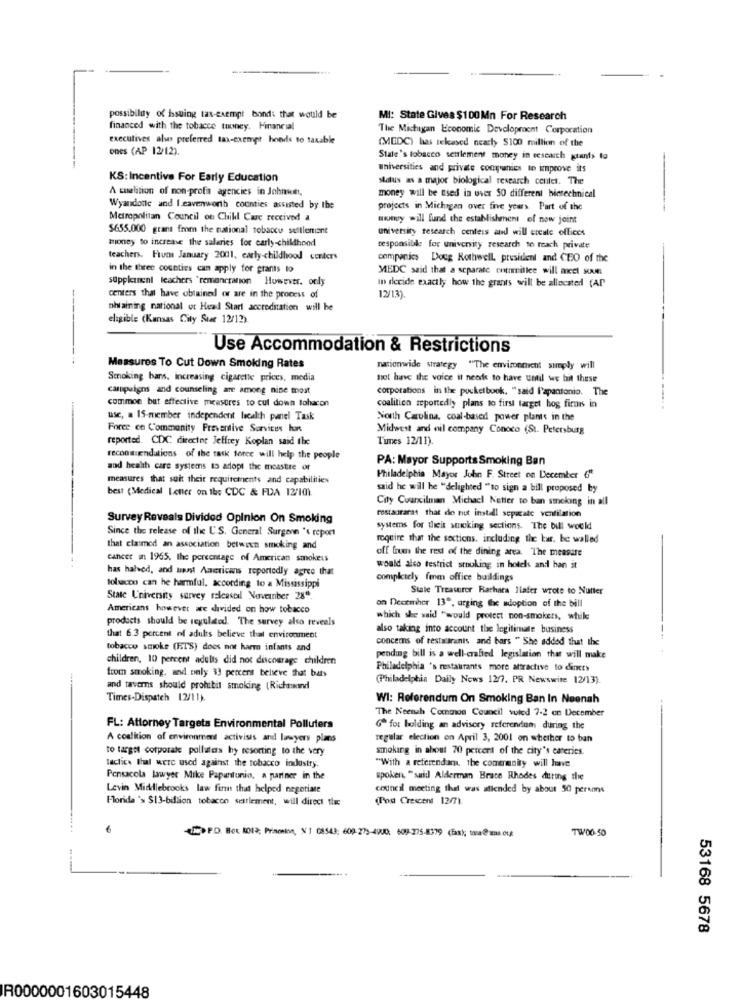
possibildy of issuing tas-exempt bonds that would be
MI: State Gives $100Mn For Research
financed with the tobacce tooney. Financial
The Michigan Economic Development Corporation
executives alves preferred tax-exempt bonds to taxable
(MEDC) has tekased nearly $100 million of the
ones (AP 12/12).
State's tobacco settlement money in research giants 1g
universities and private companies to improve its
KS: Incentive For Early Education
status as a major biological research center. The
A coalition of non-profa agencies in Johmont,
money will be used in over 50 different bimtechnical
Wyandotte and leavenworth counties assisted by the
projects in Michigan over five years. Part of the
Metropolitan Council on Chill Cauc received a
money will fund the establishment of now joint
$655.000 grant from the national tobacco settleniant
university research centers and will ercule offices
mioney to increase the salaries for carly-childhood
responsible for university research to reach private
teachers. Fiumi January 2001. carly-childhood conters
companies Doug Rothwell, president and CEO of the
in the three counties can apply for grants to
MEDC said that a separate entrmitlee will meet MAM
supplement teachers 'remancration However. only
In deride exactly how the grants will be allocated (AP
centers that have obtained or are in the process of
12/13).
ohlaining national ot Head Start accreditation will be
eligible (Kansas City Star 12/12)
Use Accommodation & Restrictions
Measures To Cut Down Smoking Rates
nationwide strategy "The environnicht simply will
Smoking bans, increasing cigarette prices, media
not have the voice it needs to have until we bit these
campaigns and counseling are among nine most
corporations in the pocketbook, "said l'apantonio. The
common but effective measures to cut down tohacon
coalition reportedly plans to first target hog fire in
use, a 15-member independent lacalth panel Task
North Carolina, coal-based power plants in the
Foree ce Community Preventive Services luar
Midwest and nil company Conoco (St. Petersburg
reported. CDC director Jeffrey Koplan said the
Tines 12/11).
reconw endations of the task force will help the people
PA: Mayor Supports Smoking Ban
and health care systems to adopt the meastre of
measures that suit their requirements and capabilities
Philadelphia Mayor John F. Street on December 6
best (Medical Letter on the CDC & FDA 12/10).
said he will be "delighted "to sign a bill proposed by
City Councilman Michacl Netter to ban smoking in all
restauraras that do nut install separate ventilation
Survey Reveals Divided Opinion On Smoking
Since the release of the U'S. General Surgenn 's report
systems for theit steking sections. The bill would
require that the sections, including the bar. be walled
that claimed an association between smoking and
off frue the rest of the dining area. The measure
cancer in 1965. the percentage of American smokeus
has halved, and trust Americans reportedly agree that
would also testrict stouking in hotels and han it
completely fem office buildings
tobacco can he harmful, according to a Mississippi
Stale Treasurer Rarhara Ilafer wrote to Nutter
State University survey releaseal November 28"
Americans however are divided on how tobacco
on December 13º, urging the adoption of the bill
products should be regulated. The survey also reveals
which she said "would protect non-smokers, while
also taking into account the legitimate business
that 6.3 percent of adults believe that environment
concerns of testataranis and bars " She added that the
tobacco smoke (ETS) does not harm infants and
children, 10 percent adults did not discourage children
pending bill is a well-crafted legislation that will make
from smoking, and only 33 percent believe that bat
Philadelphia 's restaurants more attractive to dincr>
(Philadelphia Daily News 1277, PR Newswire 12/13).
and taverns should prohibit smoking [Richmond
Times-Dispatch 12/11).
WI: Referendum On Smoking Ban In Neenah
The Neenah Common Council volod 7-2 on December
FL: Attorney Targets Environmental Polluters
6ª for bolding an advisory referendum during the
A coalition of environment activists and lawyers plans
regular election on April 3, 2001 on whether to ban
to target corporate polluters hy resorting to the very
smoking in about 70 percent of the city's eateries.
lactic that were used against the tobacco industry.
"With a referendar, the community will have
Pensacola lawyer Mike Papantonio, a partner in the
spoken, "said Alderman Brace Rhodes durthe the
Levin Middlebrooks law firm that helped negotiate
council meeting thel was attended by about 50 persons
Florida 's $13-billion tobacco settlement, will direct thec
(Post Crescent 12/7).
TW00.50
PO. Box 8012; Prisoninn, N 1 08543; 609-273-4900: 609-275-8379 (fax); tona@ıma.eu
53168 5678
R0000001603015448